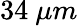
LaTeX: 34\ \mu m